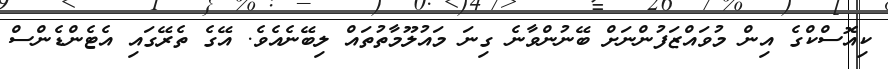
ކިއޮސްކްގެ އިން މުވައްޒަފުންނަށް ބޭނުންވާނެ ގިނަ މައުލޫމާތުތައް ލިބޭނެއެވެ. އޭގެ ތެރޭގައި އެޓެންޑެންސް